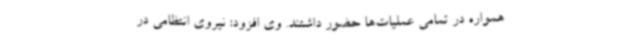
همواره در تمامی عملیات‌ها حضور داشتند. وی افزود: نیروی انتظامی در